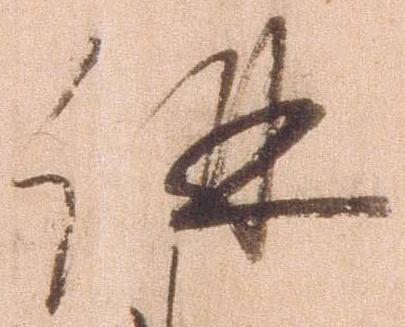
併